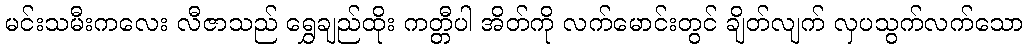
မင်းသမီးကလေး လီဇာသည် ရွှေချည်ထိုး ကတ္တီပါ အိတ်ကို လက်မောင်းတွင် ချိတ်လျက် လှပသွက်လက်သော